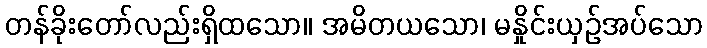
တန်ခိုးတော်လည်းရှိထသော။ အမိတယသော၊ မနှိုင်းယှဉ်အပ်သော